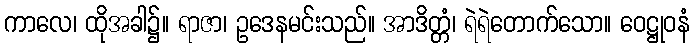
ကာလေ၊ ထိုအခါ၌။ ရာဇာ၊ ဥဒေနမင်းသည်။ အာဒိတ္တံ၊ ရဲရဲတောက်သော။ ဝေဋ္ဌုဝနံ